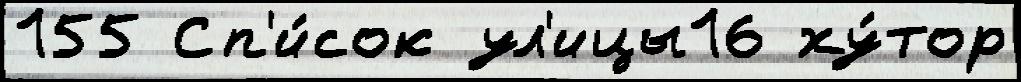
155 Сп'и́сок ул'ицы16 ху́тор